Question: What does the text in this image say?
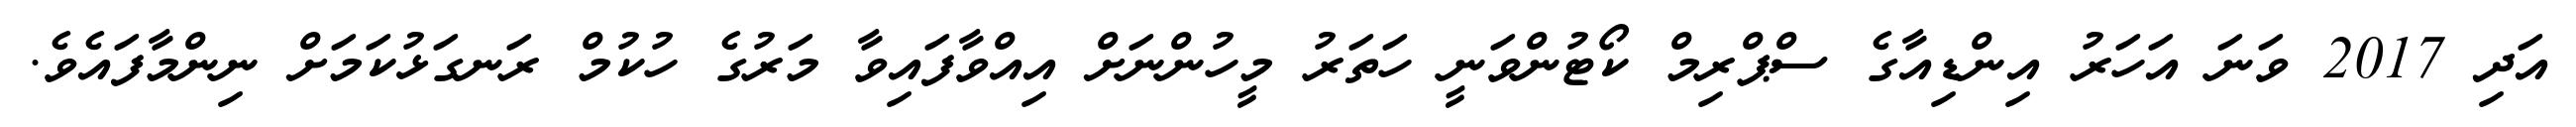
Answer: އަދި 2017 ވަނަ އަހަރު އިންޑިއާގެ ސްޕްރިމް ކޯޓުންވަނީ ހަތަރު މީހުންނަށް އިއްވާފައިވާ މަރުގެ ހުކުމް ރަނގަޅުކަމަށް ނިންމާފައެވެ.